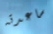
ساعدته